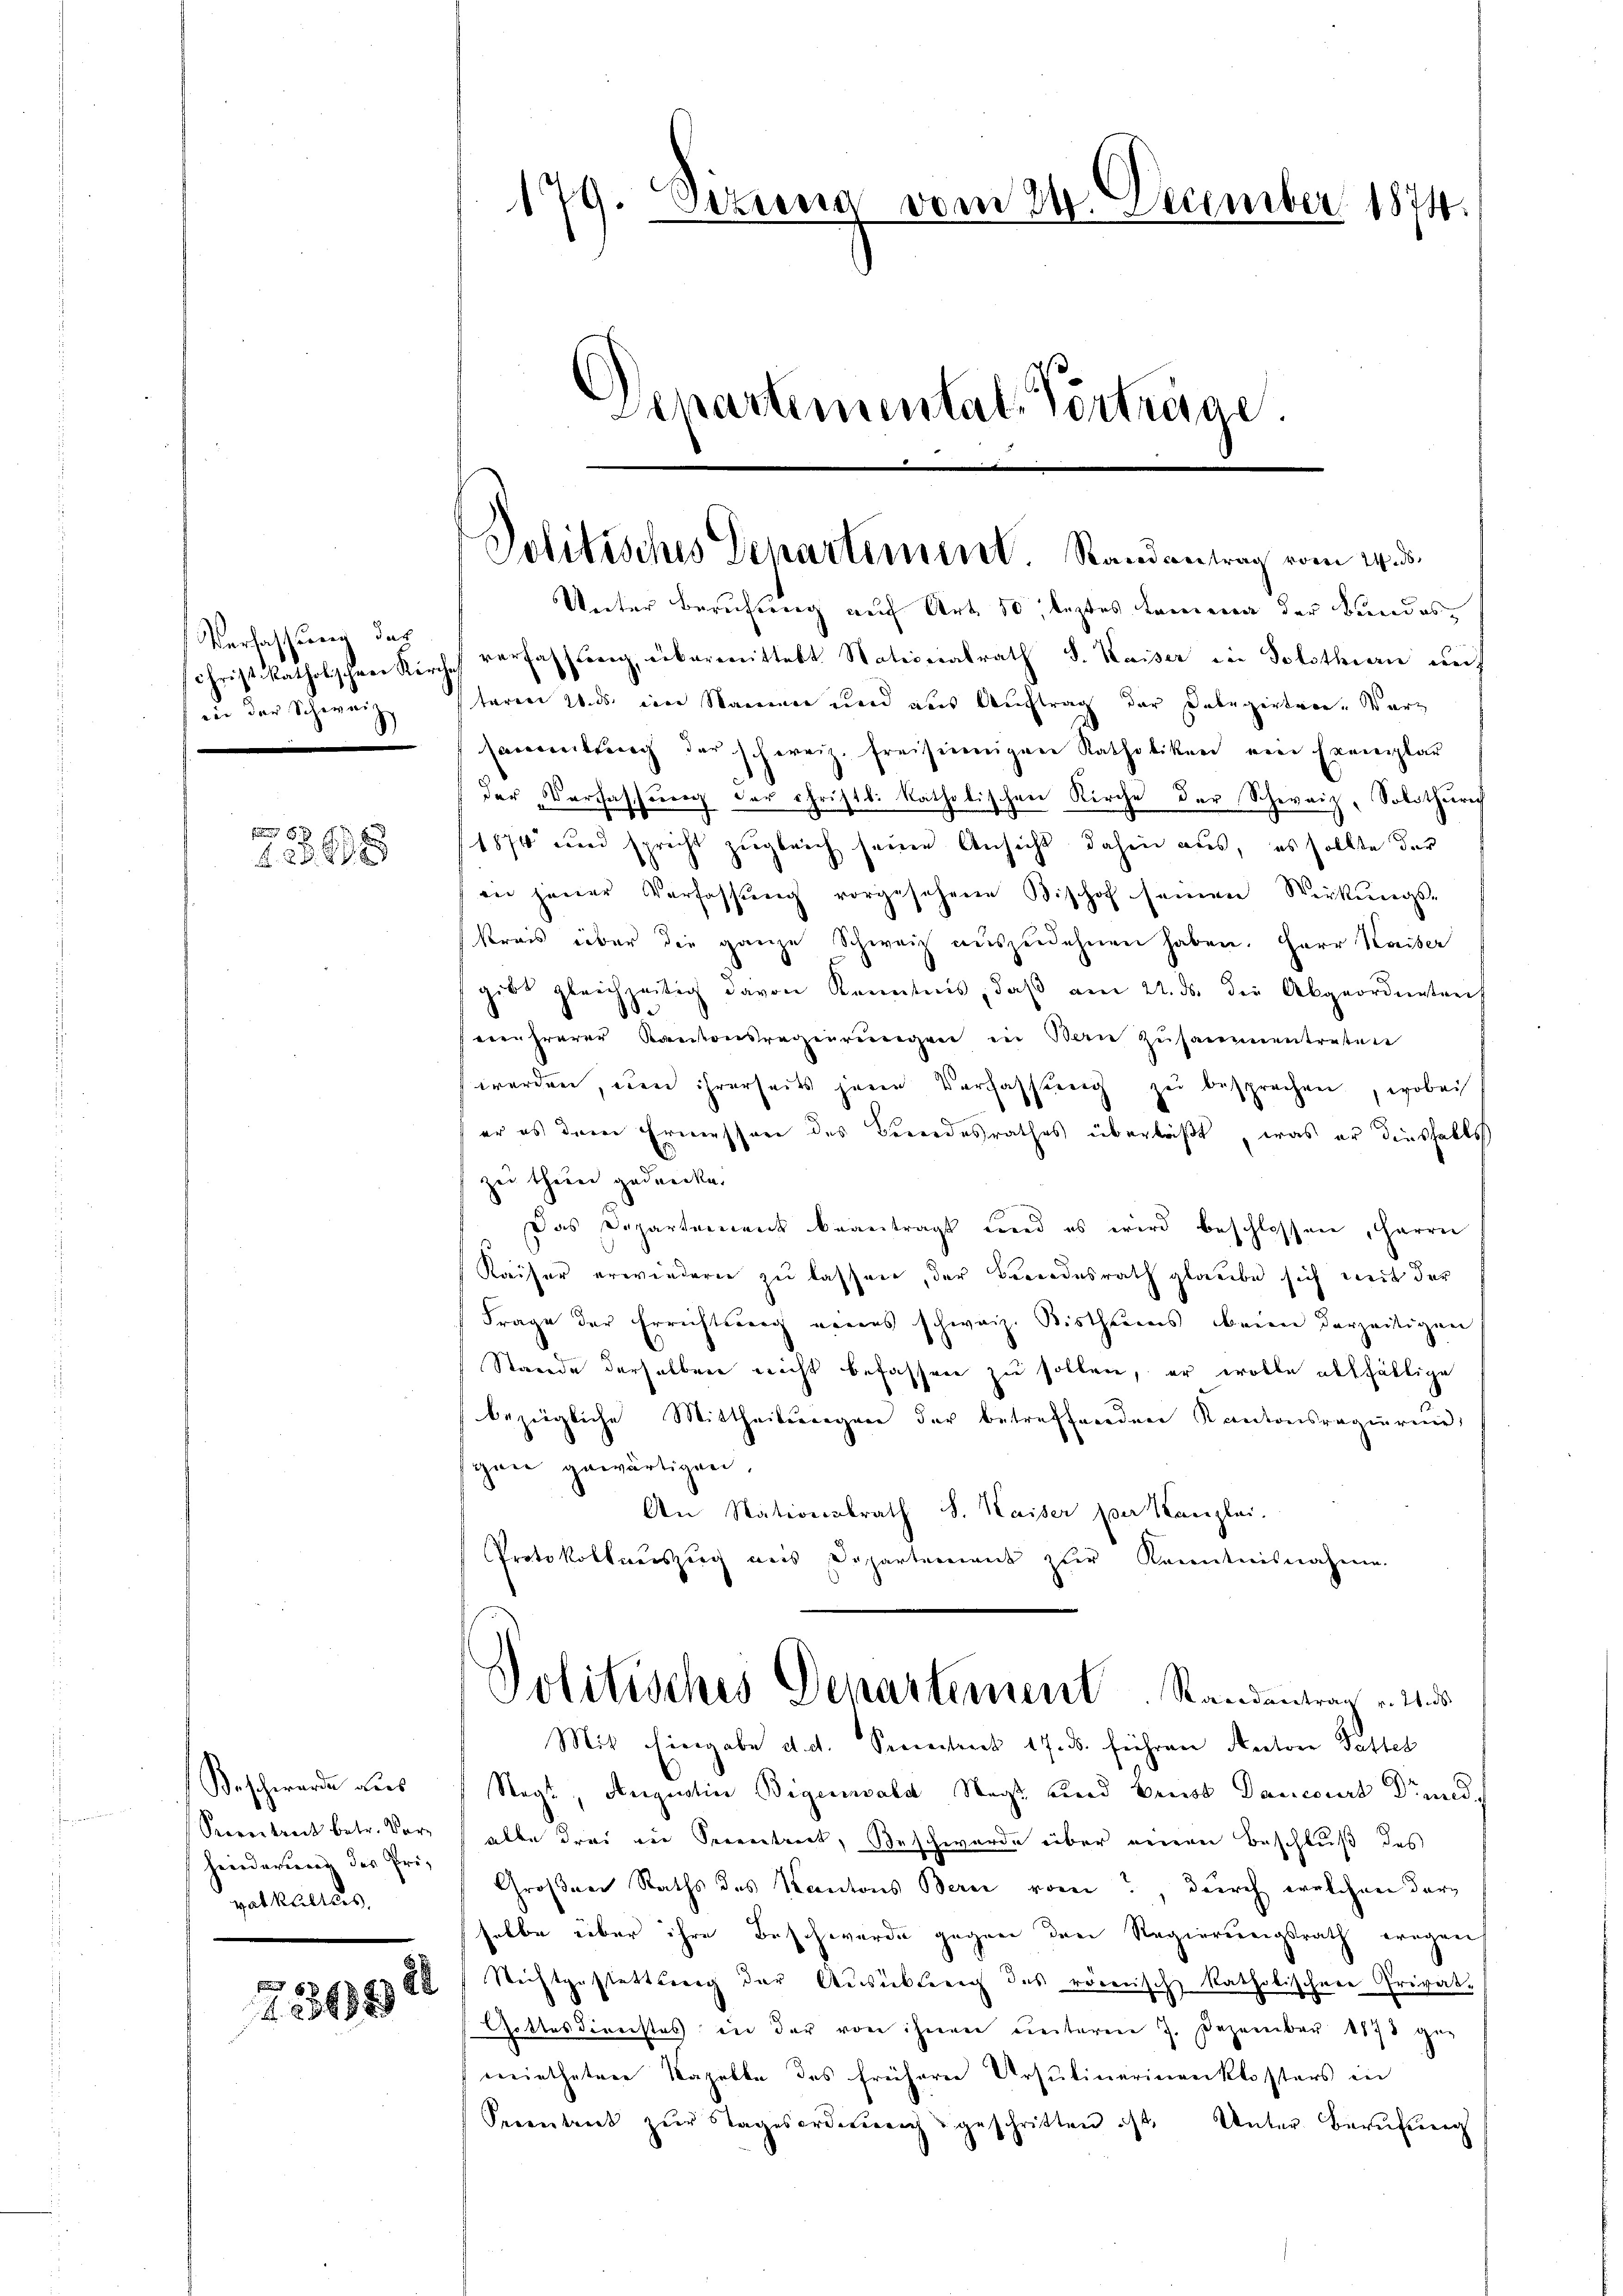
Verfassung des
Christ katholischen Kirch
in der Schweize

5/
f 20 x

Beschwerde des
Prevertrait betr. Vor- |
Heerdauerung des Privat Meilles,

22
223692

179. Lezung vom 24. December 1874.
Departementat. Verträge.

Politisches Departement. Randantrag vom 14. ds.

Unter Berufung auf Art. 10, leztes kommen der Bundesverfassung, übermittelt Nationalrath J. Kaiser in Solothurn auf
taren 2. ds ein Namen und aus Auftrag der Dabegirtern. Warz
samentrug der schweiz. freisinnigen Ratholiken ein Exemplar
der Verfassung der Christl. katholischen Kirche der Schweiz, Solothurn
1874 wird spricht zugleich seine Ansicht dahin aus, es sollte der
in jener Verfassŭng vorgesehene Bischof seinen Wirkungs-
streis über die ganze Schweiz auszudehnen haben. Herr Kaiser
gibt gleichzeitig davon Kenntnis, daβ am 22. ds. der Abgeordnetenh
8
eehrerer Kantonsregierungen in Bern zusammentretene
werden, den ihrerseits jenen Verfassung zu besprechen, wobei
er es dem Ermessen des Bundesrathes überläßt, was er diesfalls
zu thuen gedancke.
Das Departement beantragt und es wird beschlossen, Herrn
Kaiser erwiedern zu lassen, der Beendesrath glaube sich mit der
Frage der Errichtsung neues schweiz. Bistheimnis beim derzeitigen
Stande derselben nicht befassen zu sollen, er wolle allfällige
bezügliche Mittheilungen der betreffenden Kantonsregierun
gane gewärtigen.
An Stationalrath J. Kaiser per Kanzlei.
Protokollauszug aus Departement zur Kenntnisnahme.
Politisches Departement. Standentrag u. Aus
Mit Eingabe d. d. Procentreet 17. B. führen Rectore Pattet
Segt, Augustian Bigensale Wegs und Brust Dancourt Drund,
alle drei die Seeentrict, Beschwerde über einen Beschluß des
Großen Raths des Kantons Bern vom?, durch welchen darselbe über ihre Beschwerde gegen den Regierungsrath wegen
Wichtgestattung der Ausübter des römisch katholischen Privat¬
Gottesdirechtes in der von ihnen unterm 7. Dezember 1873 ge
mietheter Kapelle des frühere Ursulinerinenklosters in
Serentreit zur Tagesordnung geschritten ist. Unter Berufung